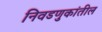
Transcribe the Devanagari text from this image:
निवडणुकांतील